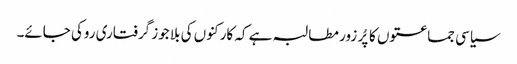
سیاسی جماعتوں کا پُر زور مطالبہ ہے کہ کارکنوں کی بلا جوز گرفتاری روکی جائے۔